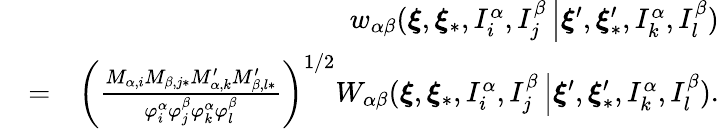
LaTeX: \begin{array}{rlr}&{}&{w_{\alpha\beta}(\boldsymbol{\xi},\boldsymbol{\xi}_{\ast},I_{i}^{\alpha},I_{j}^{\beta}\left\vert\boldsymbol{\xi}^{\prime},\boldsymbol{\xi}_{\ast}^{\prime},I_{k}^{\alpha},I_{l}^{\beta}\right.)}\\ &{=}&{\left(\frac{M_{\alpha,i}M_{\beta,j\ast}M_{\alpha,k}^{\prime}M_{\beta,l\ast}^{\prime}}{\varphi_{i}^{\alpha}\varphi_{j}^{\beta}\varphi_{k}^{\alpha}\varphi_{l}^{\beta}}\right)^{1/2}W_{\alpha\beta}(\boldsymbol{\xi},\boldsymbol{\xi}_{\ast},I_{i}^{\alpha},I_{j}^{\beta}\left\vert\boldsymbol{\xi}^{\prime},\boldsymbol{\xi}_{\ast}^{\prime},I_{k}^{\alpha},I_{l}^{\beta}\right.)\mathrm{.}}\end{array}